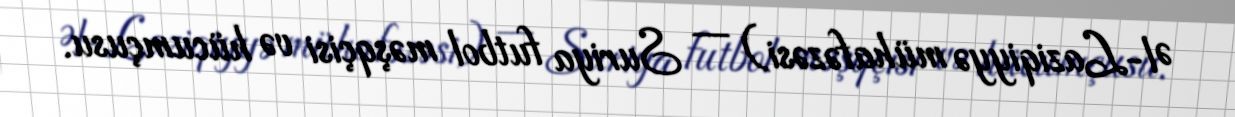
Əl-Laziqiyyə mühafəzəsi) — Suriya futbol məşqçisi və hücumçusu.